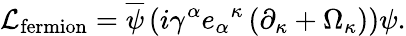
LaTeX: {\cal L}_{\mathrm{fermion}}={\overline{{\psi}}}\left(i\gamma^{\alpha}{e_{\alpha}}^{\kappa}\left(\partial_{\kappa}+\Omega_{\kappa}\right)\right)\psi.